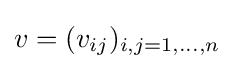
v=(v_{ij})_{i,j=1,\dots ,n}